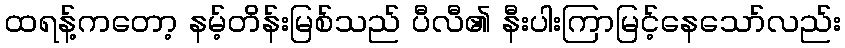
ထရန့်ကတော့ နမ့်တိန်းမြစ်သည် ပီလီ၏ နီးပါးကြာမြင့်နေသော်လည်း